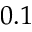
0 . 1